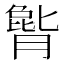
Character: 𪱫